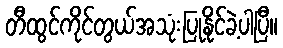
တီထွင်ကိုင်တွယ်အသုံးပြုနိုင်ခဲ့ပါပြီ။